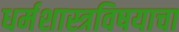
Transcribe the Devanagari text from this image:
धर्मशास्त्रविषयाचा